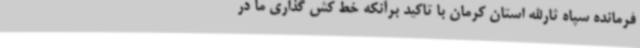
فرمانده سپاه ثارالله استان کرمان با تاکید برآنکه خط کش گذاری ما در